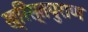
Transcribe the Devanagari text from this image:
ख्रिस्तपुराण